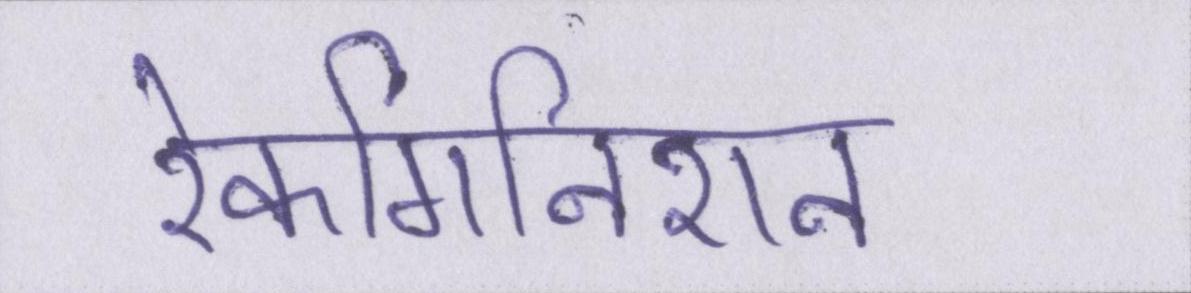
रेकगिनिशन